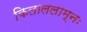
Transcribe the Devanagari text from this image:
किलाललाम्नः